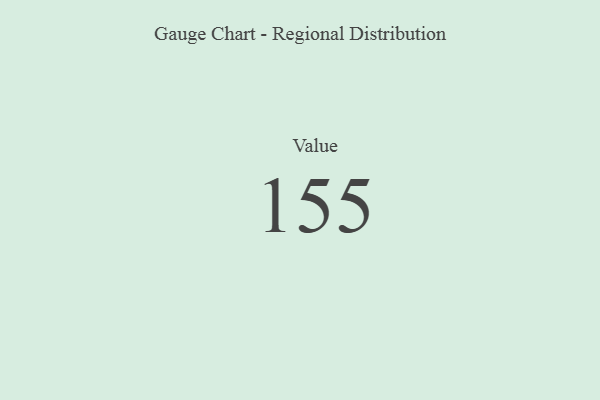
{"axis": {"x": "Metric", "y": "Value"}, "legend": [""], "data": [{"x": "Value", "y": 155, "type": ""}]}